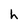
Character: h